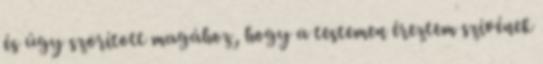
és úgy szorított magához, hogy a testemen éreztem szívének